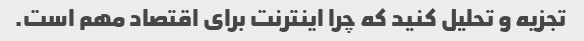
تجزیه و تحلیل کنید که چرا اینترنت برای اقتصاد مهم است.